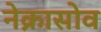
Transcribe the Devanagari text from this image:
नेक्रासोव